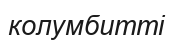
колумбитті